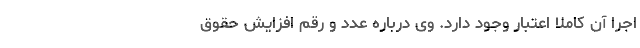
اجرا آن کاملا اعتبار وجود دارد. وی درباره عدد و رقم افزایش‌ حقوق